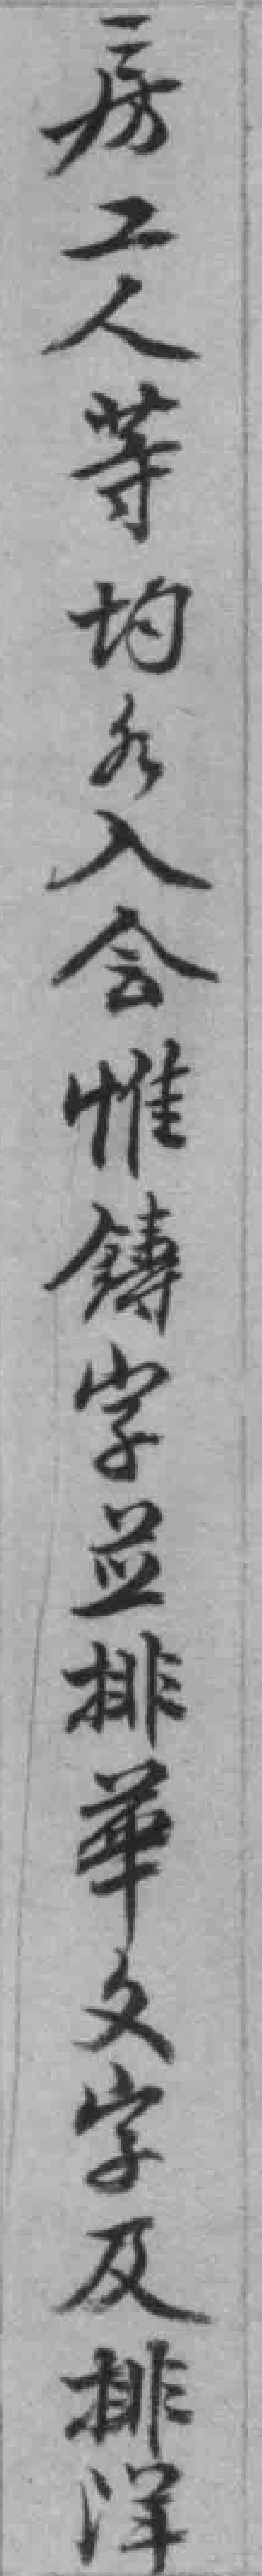
房工人䓁均各入会惟铸字並排華文字及排洋